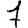
Digit: 7